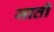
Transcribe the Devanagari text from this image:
जाती